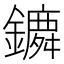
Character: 𨭤